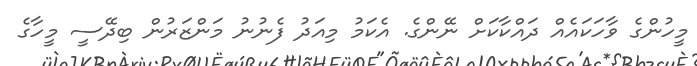
މީހުންގެ ވާހަކައެއް ދައްކާކަށް ނޭންގެ. އެކަމު މިއަދު ފެނުނު މަންޒަރުން ބިދޭސީ މީހާގެ